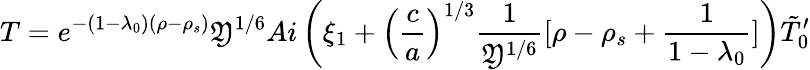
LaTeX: T=e^{-(1-\lambda_{0})(\rho-\rho_{s})}\mathfrak{Y}^{1/6}Ai\left(\xi_{1}+\left({\frac{{c}}{{a}}}\right)^{1/3}{\frac{{1}}{{\mathfrak{Y}^{1/6}}}}[\rho-\rho_{s}+{\frac{{1}}{{1-\lambda_{0}}}}]\right)\tilde{{T}}_{0}^{\prime}